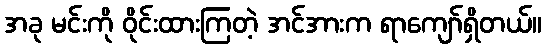
အခု မင်းကို ဝိုင်းထားကြတဲ့ အင်အားက ရာကျော်ရှိတယ်။